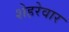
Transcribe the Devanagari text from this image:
शेहरेवार